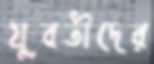
যুবতীদের